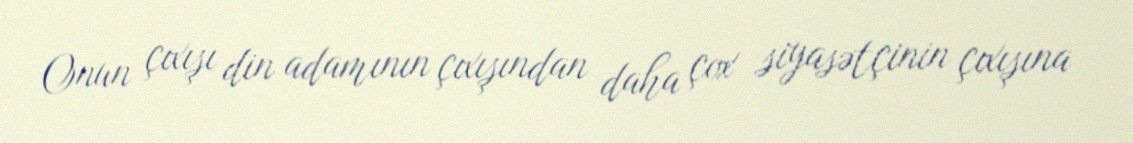
Onun çıxışı din adamının çıxışından daha çox siyasətçinin çıxışına